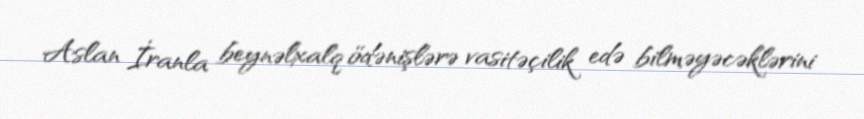
Aslan İranla beynəlxalq ödənişlərə vasitəçilik edə bilməyəcəklərini